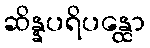
ဆိန္နပရိပန္ထော